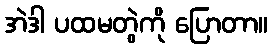
အဲဒါ ပထမတွဲကို ပြောတာ။